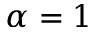
\alpha = 1